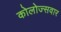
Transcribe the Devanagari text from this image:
कोलोज्सवार